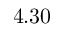
4 . 3 0